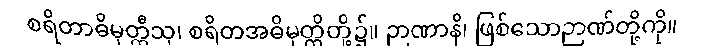
စရိတာဓိမုတ္တီသု၊ စရိတအဓိမုတ္တိတို့၌။ ဉာဏာနိ၊ ဖြစ်သောဉာဏ်တို့ကို။